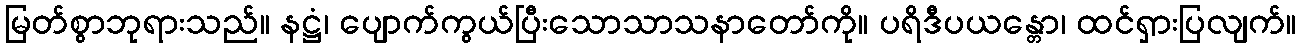
မြတ်စွာဘုရားသည်။ နဋ္ဌံ၊ ပျောက်ကွယ်ပြီးသောသာသနာတော်ကို။ ပရိဒီပယန္တော၊ ထင်ရှားပြလျက်။